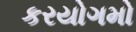
કરયોગમો